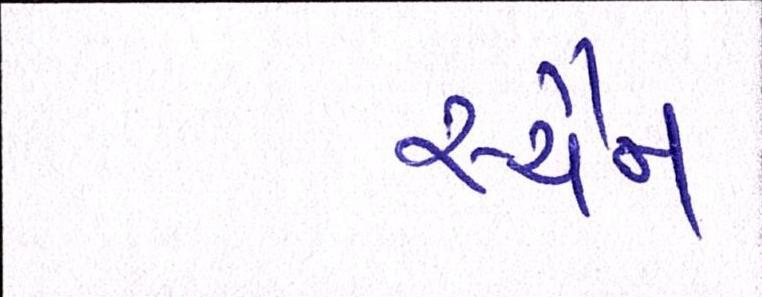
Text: સ્ચૈન